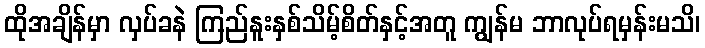
ထိုအချိန်မှာ လှပ်ခနဲ ကြည်နူးနှစ်သိမ့်စိတ်နှင့်အတူ ကျွန်မ ဘာလုပ်ရမှန်းမသိ၊